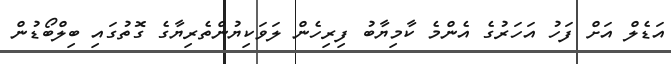
އަޑެލް އަށް ފަހު އަހަރުގެ އެންމެ ކާމިޔާބު ފިރިހެން ލަވަކިޔުންތެރިޔާގެ ގޮތުގައި ބިލްބޯޑުން